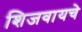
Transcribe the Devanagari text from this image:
शिजवायचे